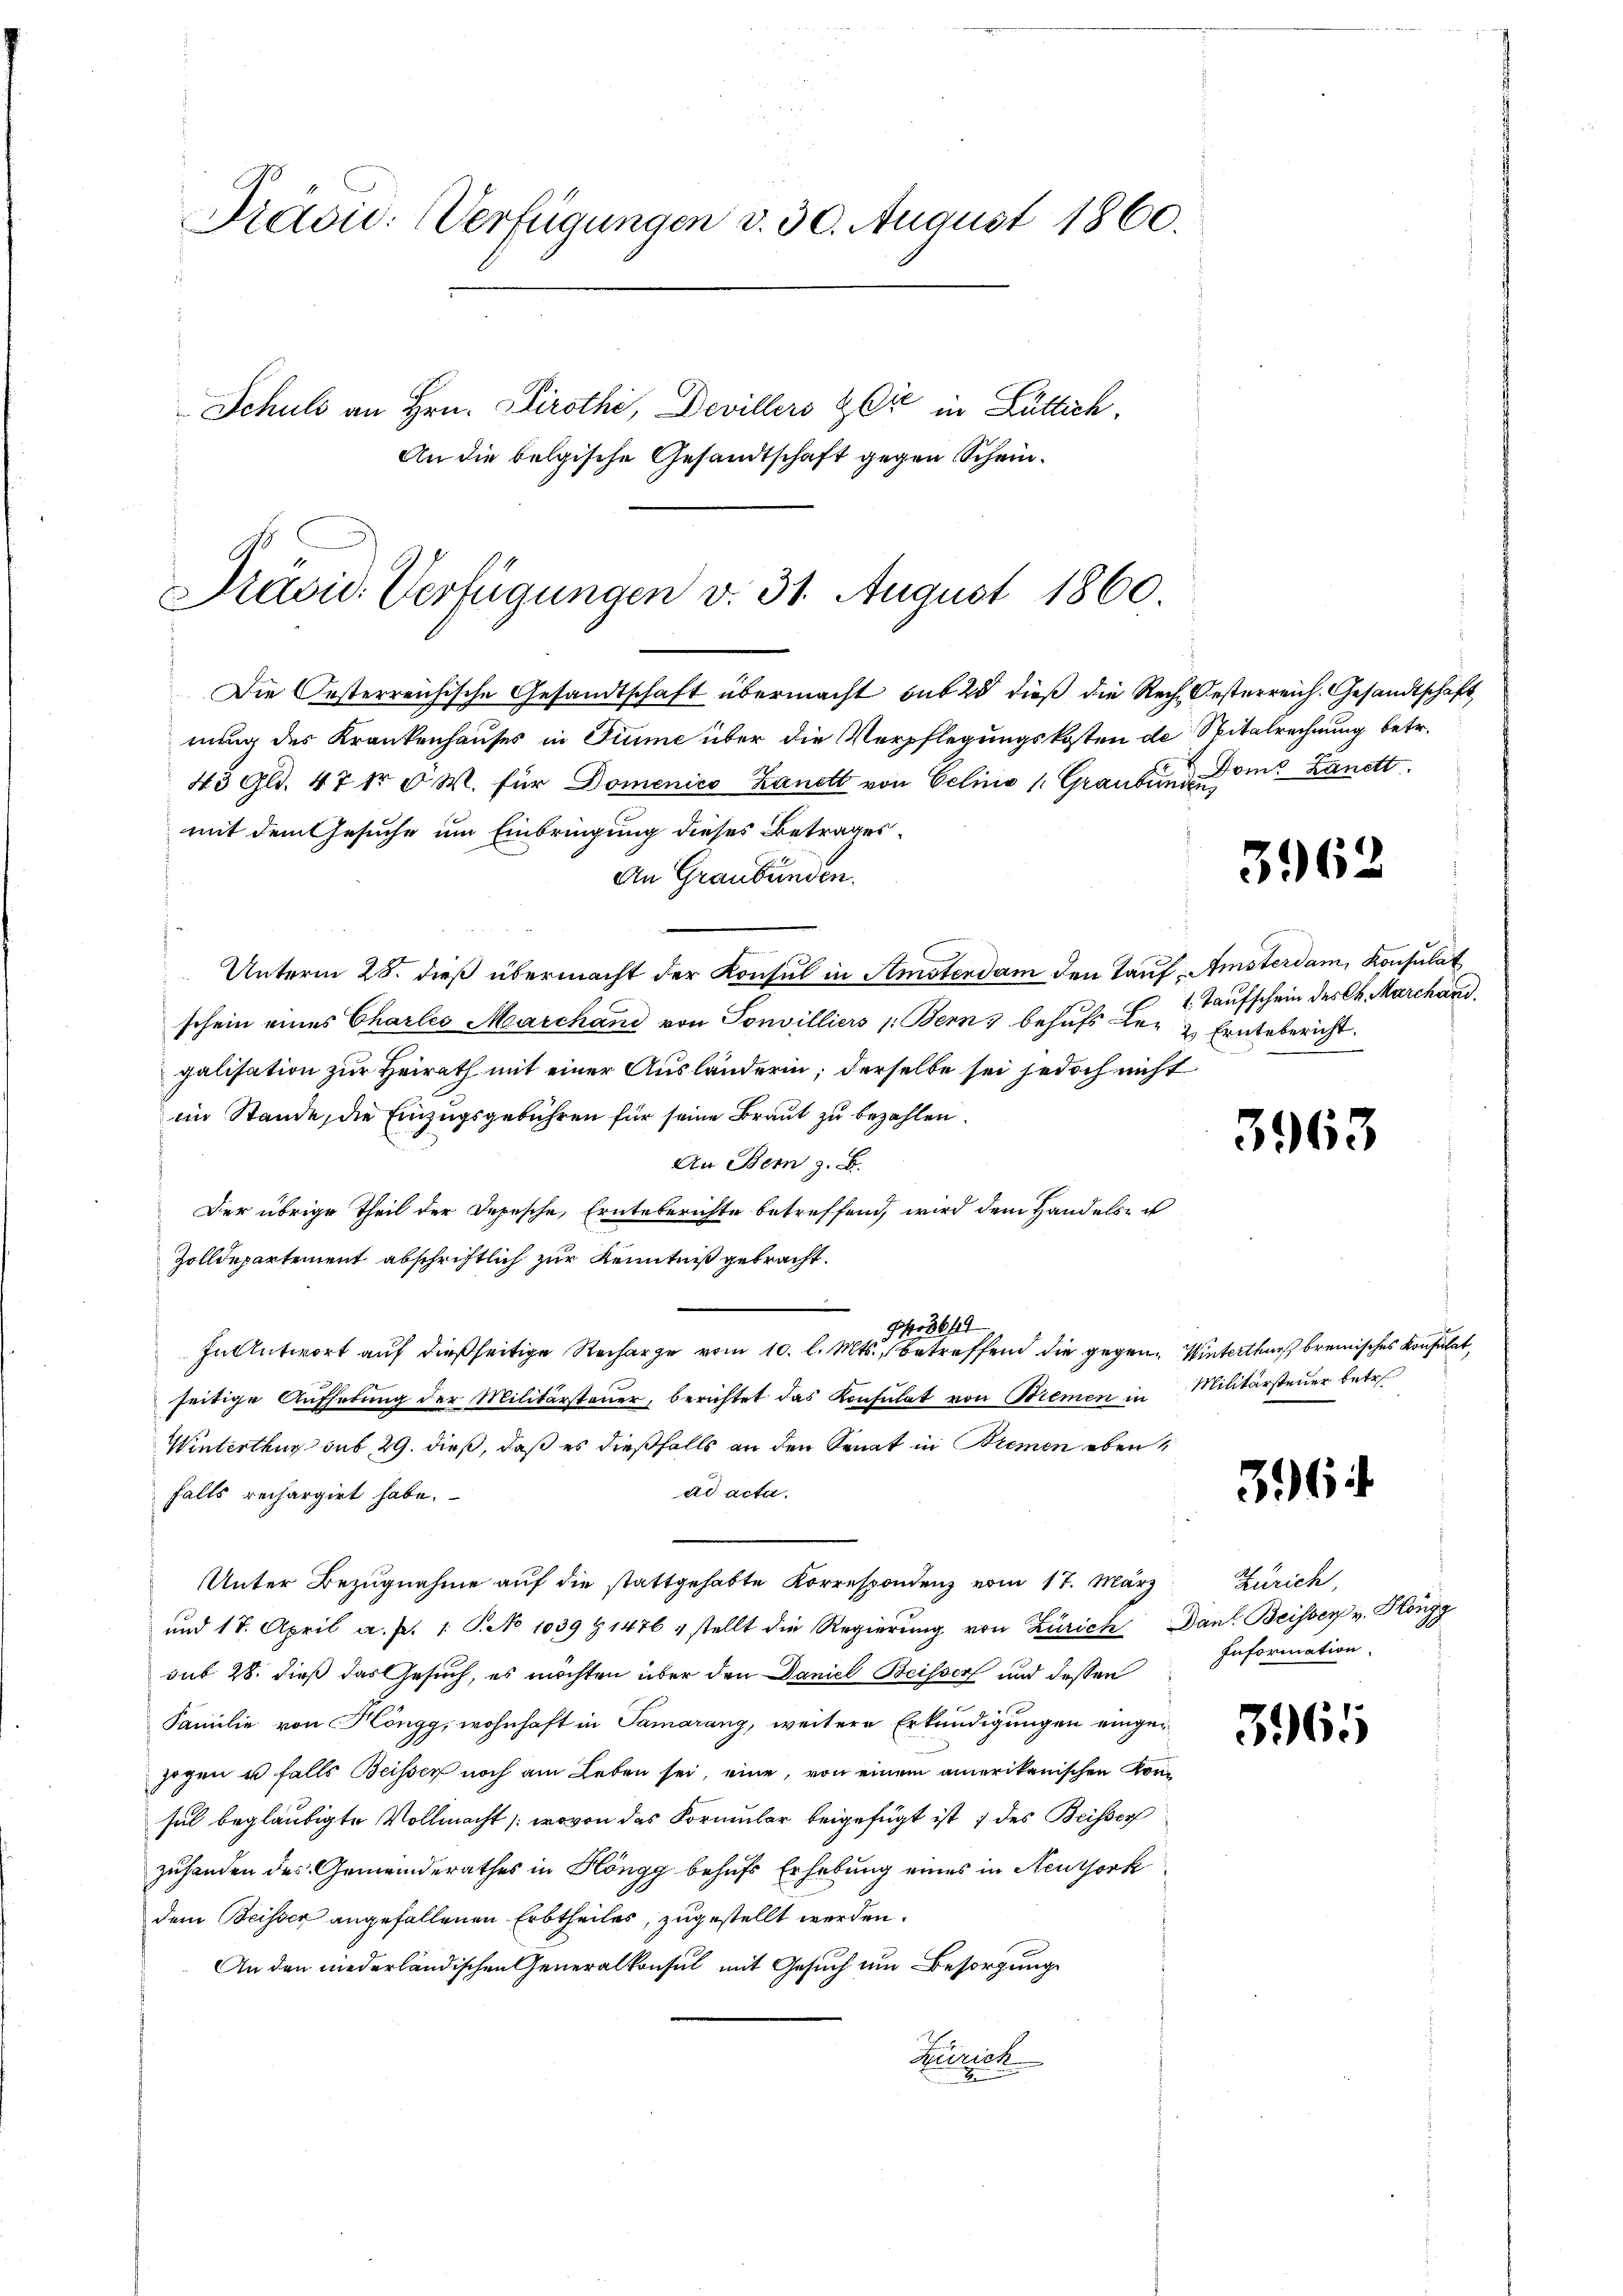
Preisic: Verfügungen d. 30. August 1860.
Schuld an Hrn. Cirothe, Devillers & Cie in Luttich,
An die belgische Gesandtschaft gegen Schein¬

Präsid. Verfügungen v. 31. August 1860.

Die Oesterreichische Gesandtschaft übermacht sub 28 dieß die Rech-Oesterreich. Gesandtschaft
nung des Krankenhauses in Fiume über die Verpflegungskosten de Spitalrechnung betr.
45 gl. 47 dr. v W. für Domenico Landt von Gelina (Graubund Dom. Lanett
mit dem Gesuche um Einbringung dieses Betrages¬
An Graubünden.
Unterm 28. dieß übermacht der Konsul in Amsterdam den Tauf Amsterdam, Konsulat
schein eines Charles Marchand von Sonvilliers 1. Bern behufs Lez z. Erntebericht
galisation zur Heirath mit einer Ausländerin; derselbe sei jedoch nicht
im Stande, die Einzugsgebühren für seine Braut zu bezahlen.
An Bern z. B.
Der übrige Theil der Depesche, Ernteberichte betreffend, wird dem Handels- u
Zolldepartement abschriftlich zur Kenntniß gebracht.
Po3644
In Antwort auf dießseitige Recharge vom 10. l. Mts., betreffend die gegen Winterthur brenisches Konsulat,
seitige Aufhebung der Militärsteuer, berichtet das Konsulat von Bremen in Militärsteuer betr.
Winterthur sub 29. dieß, daß es dießfalls an den Senat in Bremen ebenad acta.
falls rechargirt habe.
Unter Bezugnahme auf die stattgehabte Korrespondenz vom 17. März Zürich,
und 17. April a. p. 1 S. No 1039 § 1476 4 stellt die Regierŭng von Zürich Dank. Beisser v. Höngg
sub 28. dieß das Gesuch, es möchten über den Daniel Beisser und dessen
Familie von Höngg, wohnhaft in Samarang, weitere Erkundigungen eingegogen u falls Beisser noch am Leben sei, eine, von einem amerikanischen Konsel beglaubigte Vollmacht (wovon das Vormular beigefügt ist, 7 des Beisser
zuhanden des Gemeinderathes in Höngg behufs Erhebung eines in Neuzsork
dem Beisser angefallenen Erbtheiles, zugestellt werden.
An den niederländischen Generalkonsul mit Gesuch um Besorgung
Zürich
2

396.

1. Taufschein des Ch. Marchand.

362

364

Information.

3965